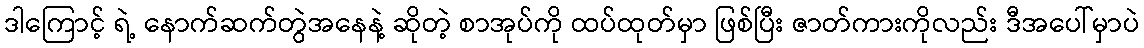
ဒါကြောင့် ရဲ့ နောက်ဆက်တွဲအနေနဲ့ ဆိုတဲ့ စာအုပ်ကို ထပ်ထုတ်မှာ ဖြစ်ပြီး ဇာတ်ကားကိုလည်း ဒီအပေါ်မှာပဲ